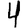
Digit: 4